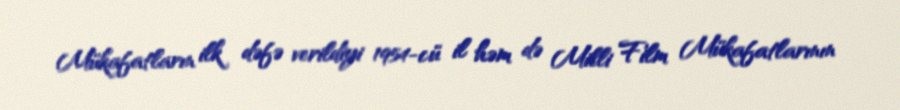
Mükafatların ilk dəfə verildiyi 1954-cü il həm də Milli Film Mükafatlarının